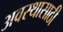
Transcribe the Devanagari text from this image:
अवस्थासाठी